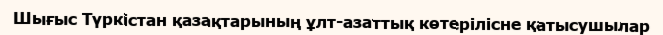
Шығыс Түркістан қазақтарының ұлт-азаттық көтерілісне қатысушылар